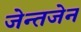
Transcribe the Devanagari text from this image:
जेन्तजेन